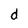
Character: d